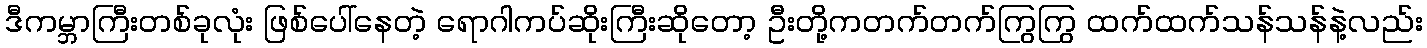
ဒီကမ္ဘာကြီးတစ်ခုလုံး ဖြစ်ပေါ်နေတဲ့ ရောဂါကပ်ဆိုးကြီးဆိုတော့ ဦးတို့ကတက်တက်ကြွကြွ ထက်ထက်သန်သန်နဲ့လည်း